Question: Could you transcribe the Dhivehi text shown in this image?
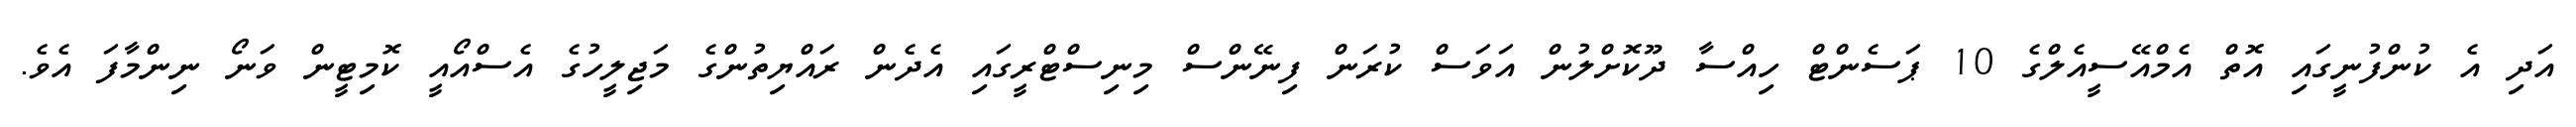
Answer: އަދި އެ ކުންފުނީގައި އޮތް އެމްއޭސީއެލްގެ 10 ޕަސެންޓް ހިއްސާ ދޫކޮށްލުން އަވަސް ކުރަން ފިނޭންސް މިނިސްޓްރީގައި އެދެން ރައްޔިތުންގެ މަޖިލީހުގެ އެސްއޯއީ ކޮމިޓީން ވަނޯ ނިންމާފަ އެވެ.